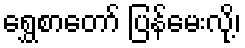
ရွှေစာတော် ပြန်မေးလို့၊